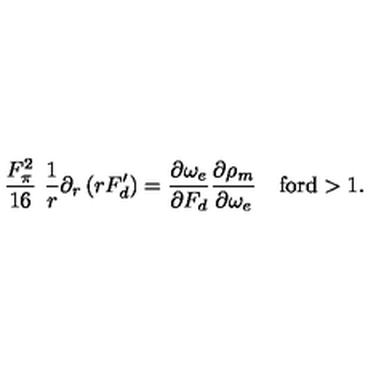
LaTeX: \frac { F _ { \pi } ^ { 2 } } { 1 6 } \ \frac { 1 } { r } \partial _ { r } \left( r F _ { d } ^ { \prime } \right) = \frac { \partial \omega _ { e } } { \partial F _ { d } } \frac { \partial \rho _ { m } } { \partial \omega _ { e } } \quad \mathrm { f o r d > 1 . }